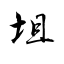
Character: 坥